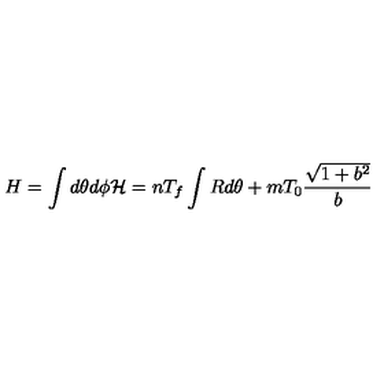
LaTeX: H = \int d \theta d \phi { \cal H } = n T _ { f } \int R d \theta + m T _ { 0 } \frac { \sqrt { 1 + b ^ { 2 } } } { b }